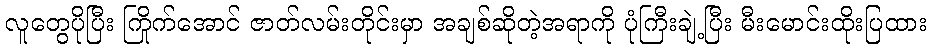
လူတွေပိုပြီး ကြိုက်အောင် ဇာတ်လမ်းတိုင်းမှာ အချစ်ဆိုတဲ့အရာကို ပုံကြီးချဲ့ပြီး မီးမောင်းထိုးပြထား